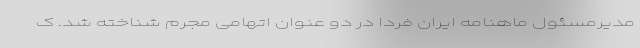
مدیرمسئول ماهنامه ایران فردا در دو عنوان اتهامی مجرم شناخته شد. ک